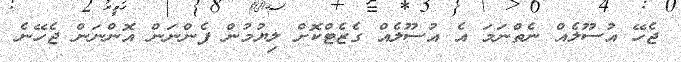
ޖެހޭ އުސޫލެއް ނެތްނަމަ އެ އުސޫލެއް ގެޒެޓްކޮށް ލިޔުމުން ފެންނަން އޮންނަން ޖެހޭނެ